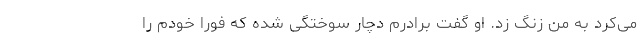
می‌کرد به من زنگ زد. او گفت برادرم دچار سوختگی شده که فورا خودم را